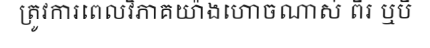
ត្រូវការពេលវិភាគយ៉ាងហោចណាស់ ពីរ ឬបី